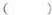
( )